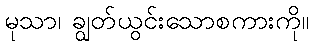
မုသာ၊ ချွတ်ယွင်းသောစကားကို။